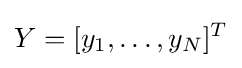
Y=[y_{1},\ldots ,y_{N}]^{T}